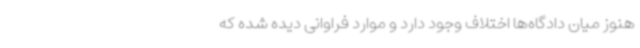
هنوز میان دادگاه‌ها اختلاف وجود دارد و موارد فراوانی دیده شده که